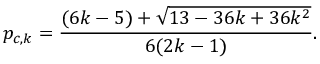
p _ { c , k } = \frac { ( 6 k - 5 ) + \sqrt { 1 3 - 3 6 k + 3 6 k ^ { 2 } } } { 6 ( 2 k - 1 ) } .